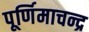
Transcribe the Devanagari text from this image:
पूर्णिमाचन्द्र